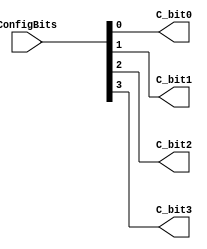
// SPDX-FileCopyrightText: 
// 2021 Nguyen Dao
//
// Licensed under the Apache License, Version 2.0 (the "License");
// you may not use this file except in compliance with the License.
// You may obtain a copy of the License at
//
//      http://www.apache.org/licenses/LICENSE-2.0
//
// Unless required by applicable law or agreed to in writing, software
// distributed under the License is distributed on an "AS IS" BASIS,
// WITHOUT WARRANTIES OR CONDITIONS OF ANY KIND, either express or implied.
// See the License for the specific language governing permissions and
// limitations under the License.
//
// SPDX-License-Identifier: Apache-2.0

module Config_access (C_bit0, C_bit1, C_bit2, C_bit3, ConfigBits);
	parameter NoConfigBits = 4;// has to be adjusted manually (we don't use an arithmetic parser for the value)
	// Pin0
	output C_bit0; // EXTERNAL
	output C_bit1; // EXTERNAL
	output C_bit2; // EXTERNAL
	output C_bit3; // EXTERNAL
	// GLOBAL all primitive pins that are connected to the switch matrix have to go before the GLOBAL label
	input [NoConfigBits-1:0] ConfigBits;

	// we just wire configuration bits to fabric top
	assign C_bit0 = ConfigBits[0];
	assign C_bit1 = ConfigBits[1];
	assign C_bit2 = ConfigBits[2];
	assign C_bit3 = ConfigBits[3];

endmodule